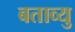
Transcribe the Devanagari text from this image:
बताव्यु